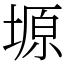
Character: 塬